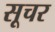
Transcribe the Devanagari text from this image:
सूचर